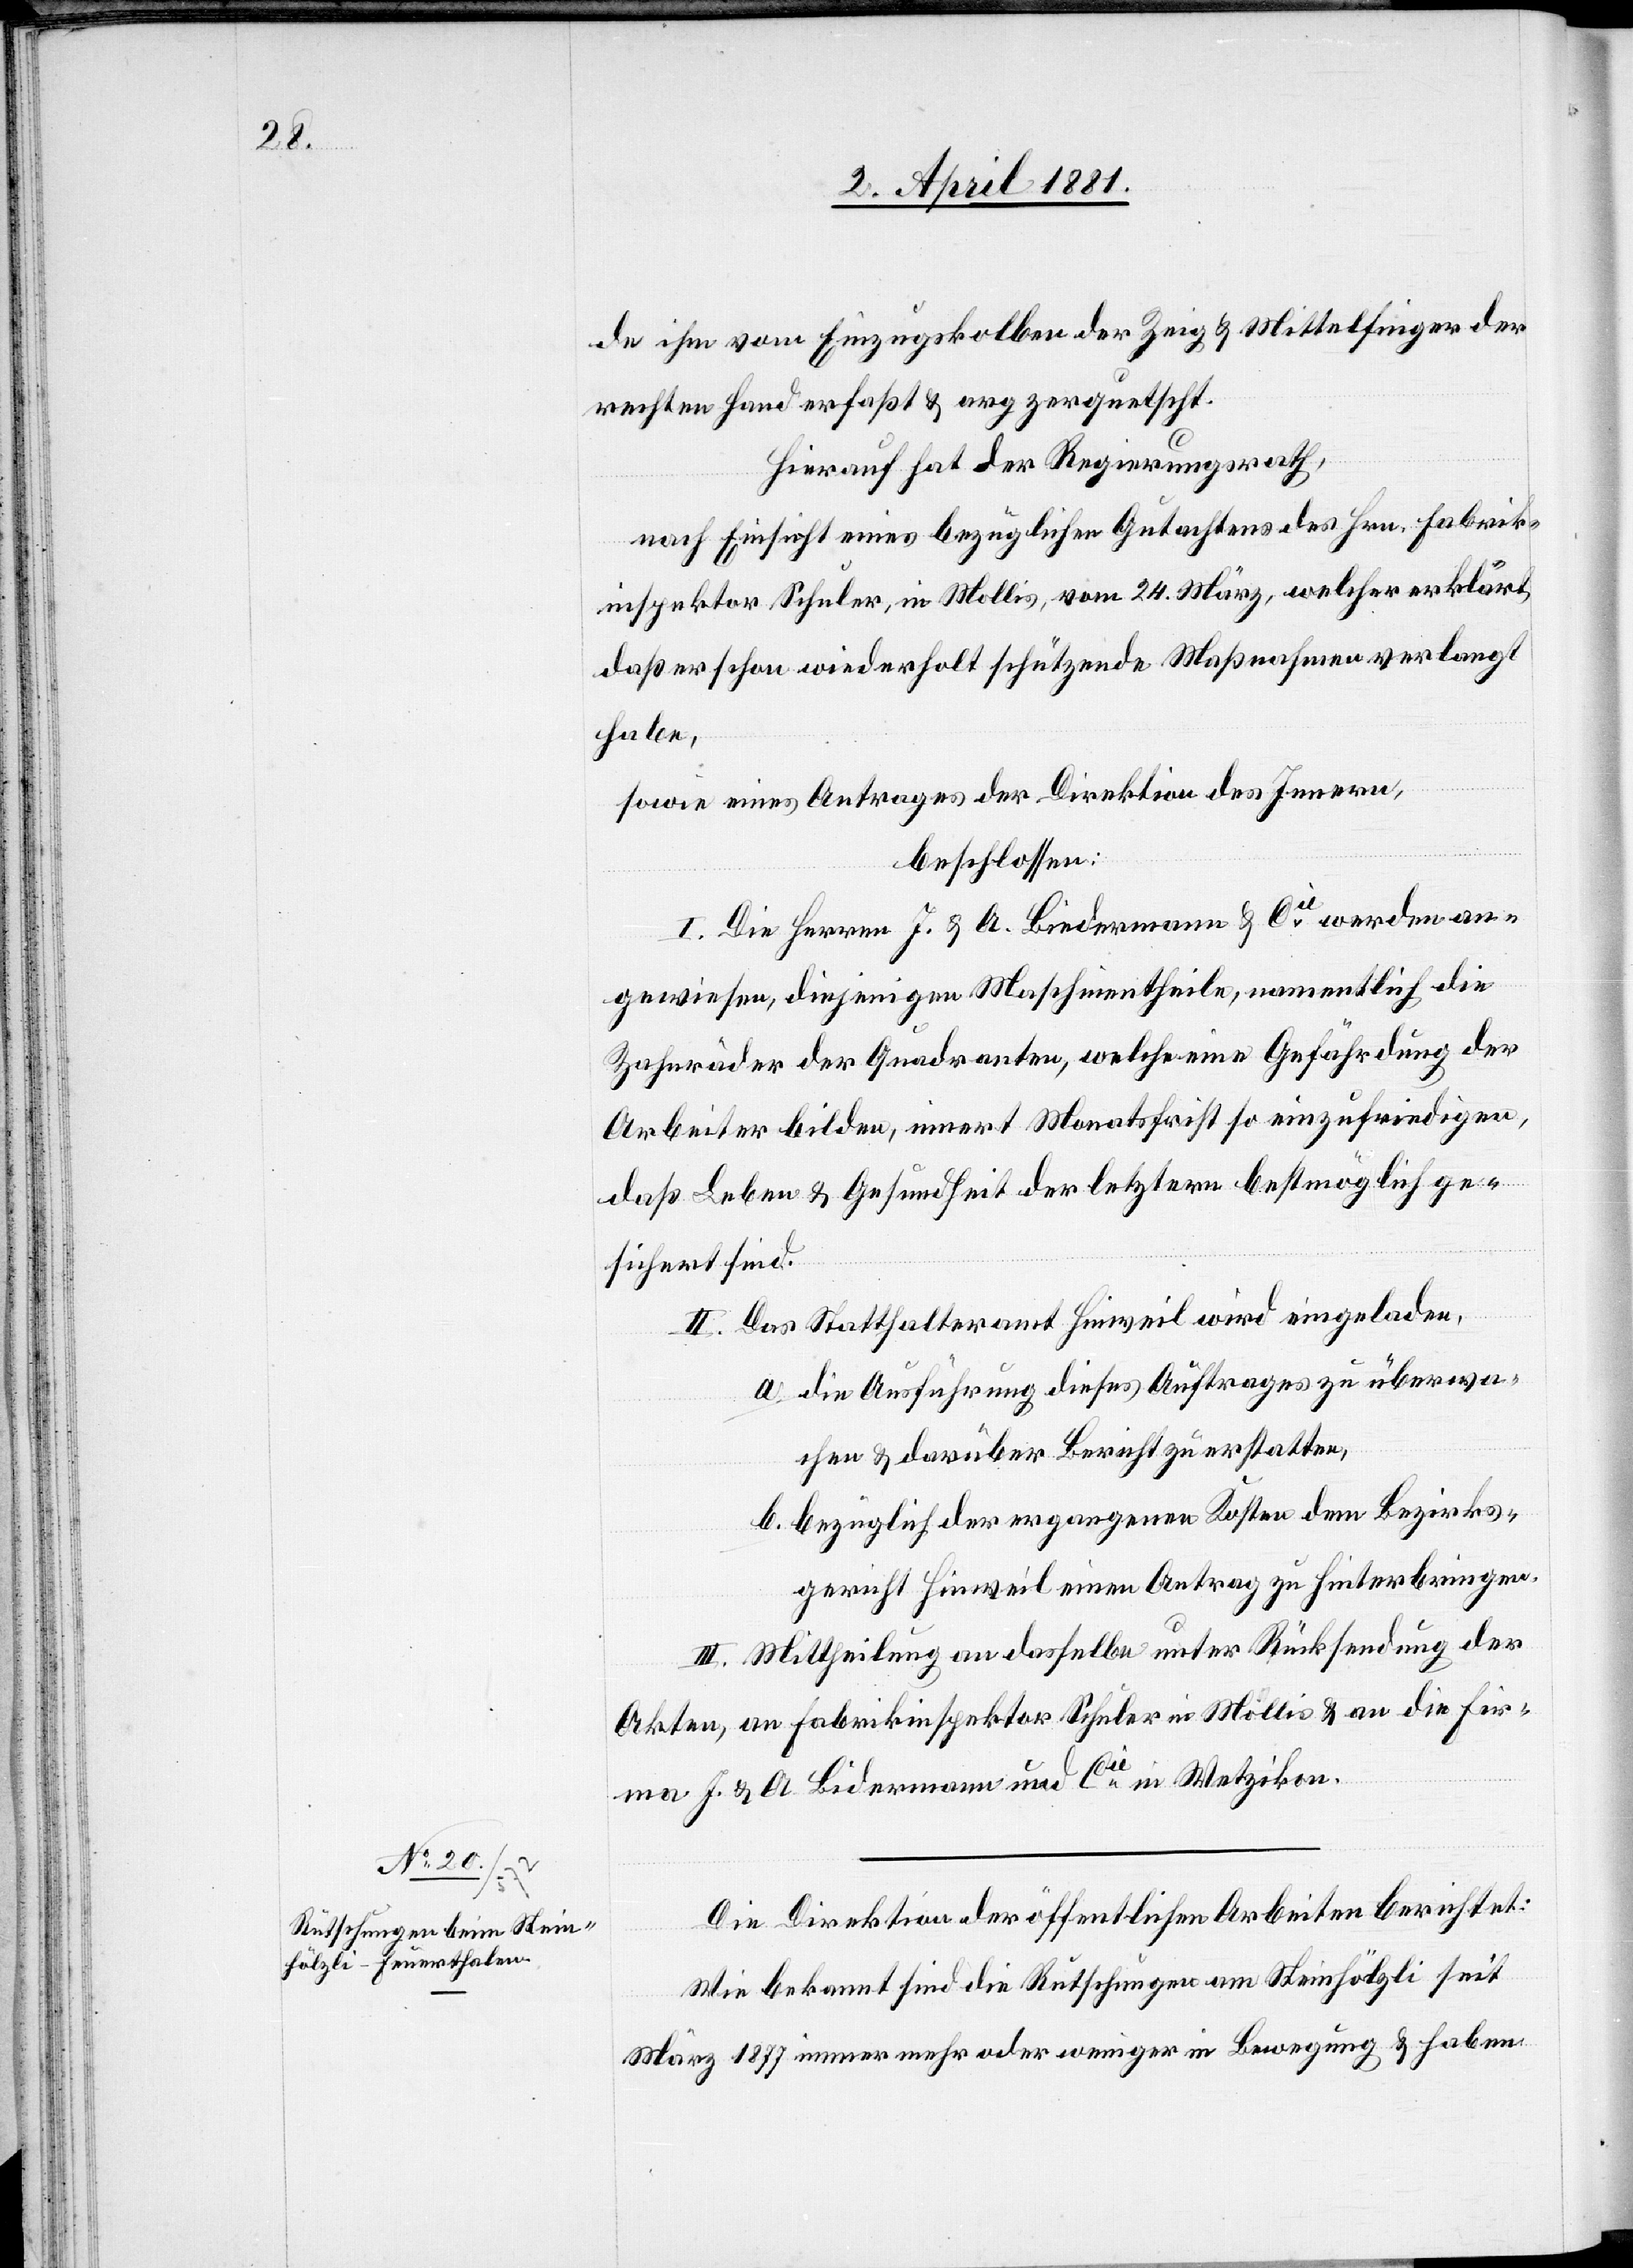
de ihm vom Einzugskolben der Zeig[-] & Mittelfinger der
rechten Hand erfaßt & arg zerquetscht.
Hierauf hat der Regierungsrath,
nach Einsicht eines bezüglichen Gutachtens des Hrn. Fabrik¬
inspektor Schuler, in Mollis, vom 24. März, welcher erklärt,
daß er schon wiederholt schützende Maßnahmen verlangt
habe,
sowie eines Antrages der Direktion des Innern,
beschlossen:
I. Die Herren J. & A. Bidermann & Cie werden an¬
gewiesen, diejenigen Maschinentheile, namentlich die
Zahnräder der Quadranten, welche eine Gefährdung der
Arbeiter bilden, innert Monatsfrist einzufriedigen,
daß Leben & Gesundheit der letztern bestmöglich ge¬
sichert sind.
II. Das Statthalteramt Hinweil wird eingeladen,
a. die Ausführung dieses Auftrages zu überwa¬
chen & darüber Bericht zu erstatten,
b. bezüglich der ergangenen Kosten dem Bezirks¬
gericht Hinweil einen Antrag zu hinterbringen.
III. Mittheilung an dasselbe unter Rücksendung der
Akten, an Fabrikinspektor Schuler in Mollis & an die Fir¬
men J. & A. Bidermann und Cie in Wetzikon.
Die Direktion der öffentlichen Arbeiten berichtet:
Wie bekannt sind die Rutschungen am Steinhölzli seit
März 1877 immer mehr oder weniger in Bewegung & haben